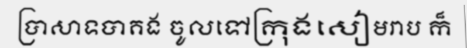
ប្រាសាទបាគង ចូលទៅក្រុងសៀមរាប ក៏